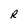
Character: R